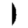
Digit: 1